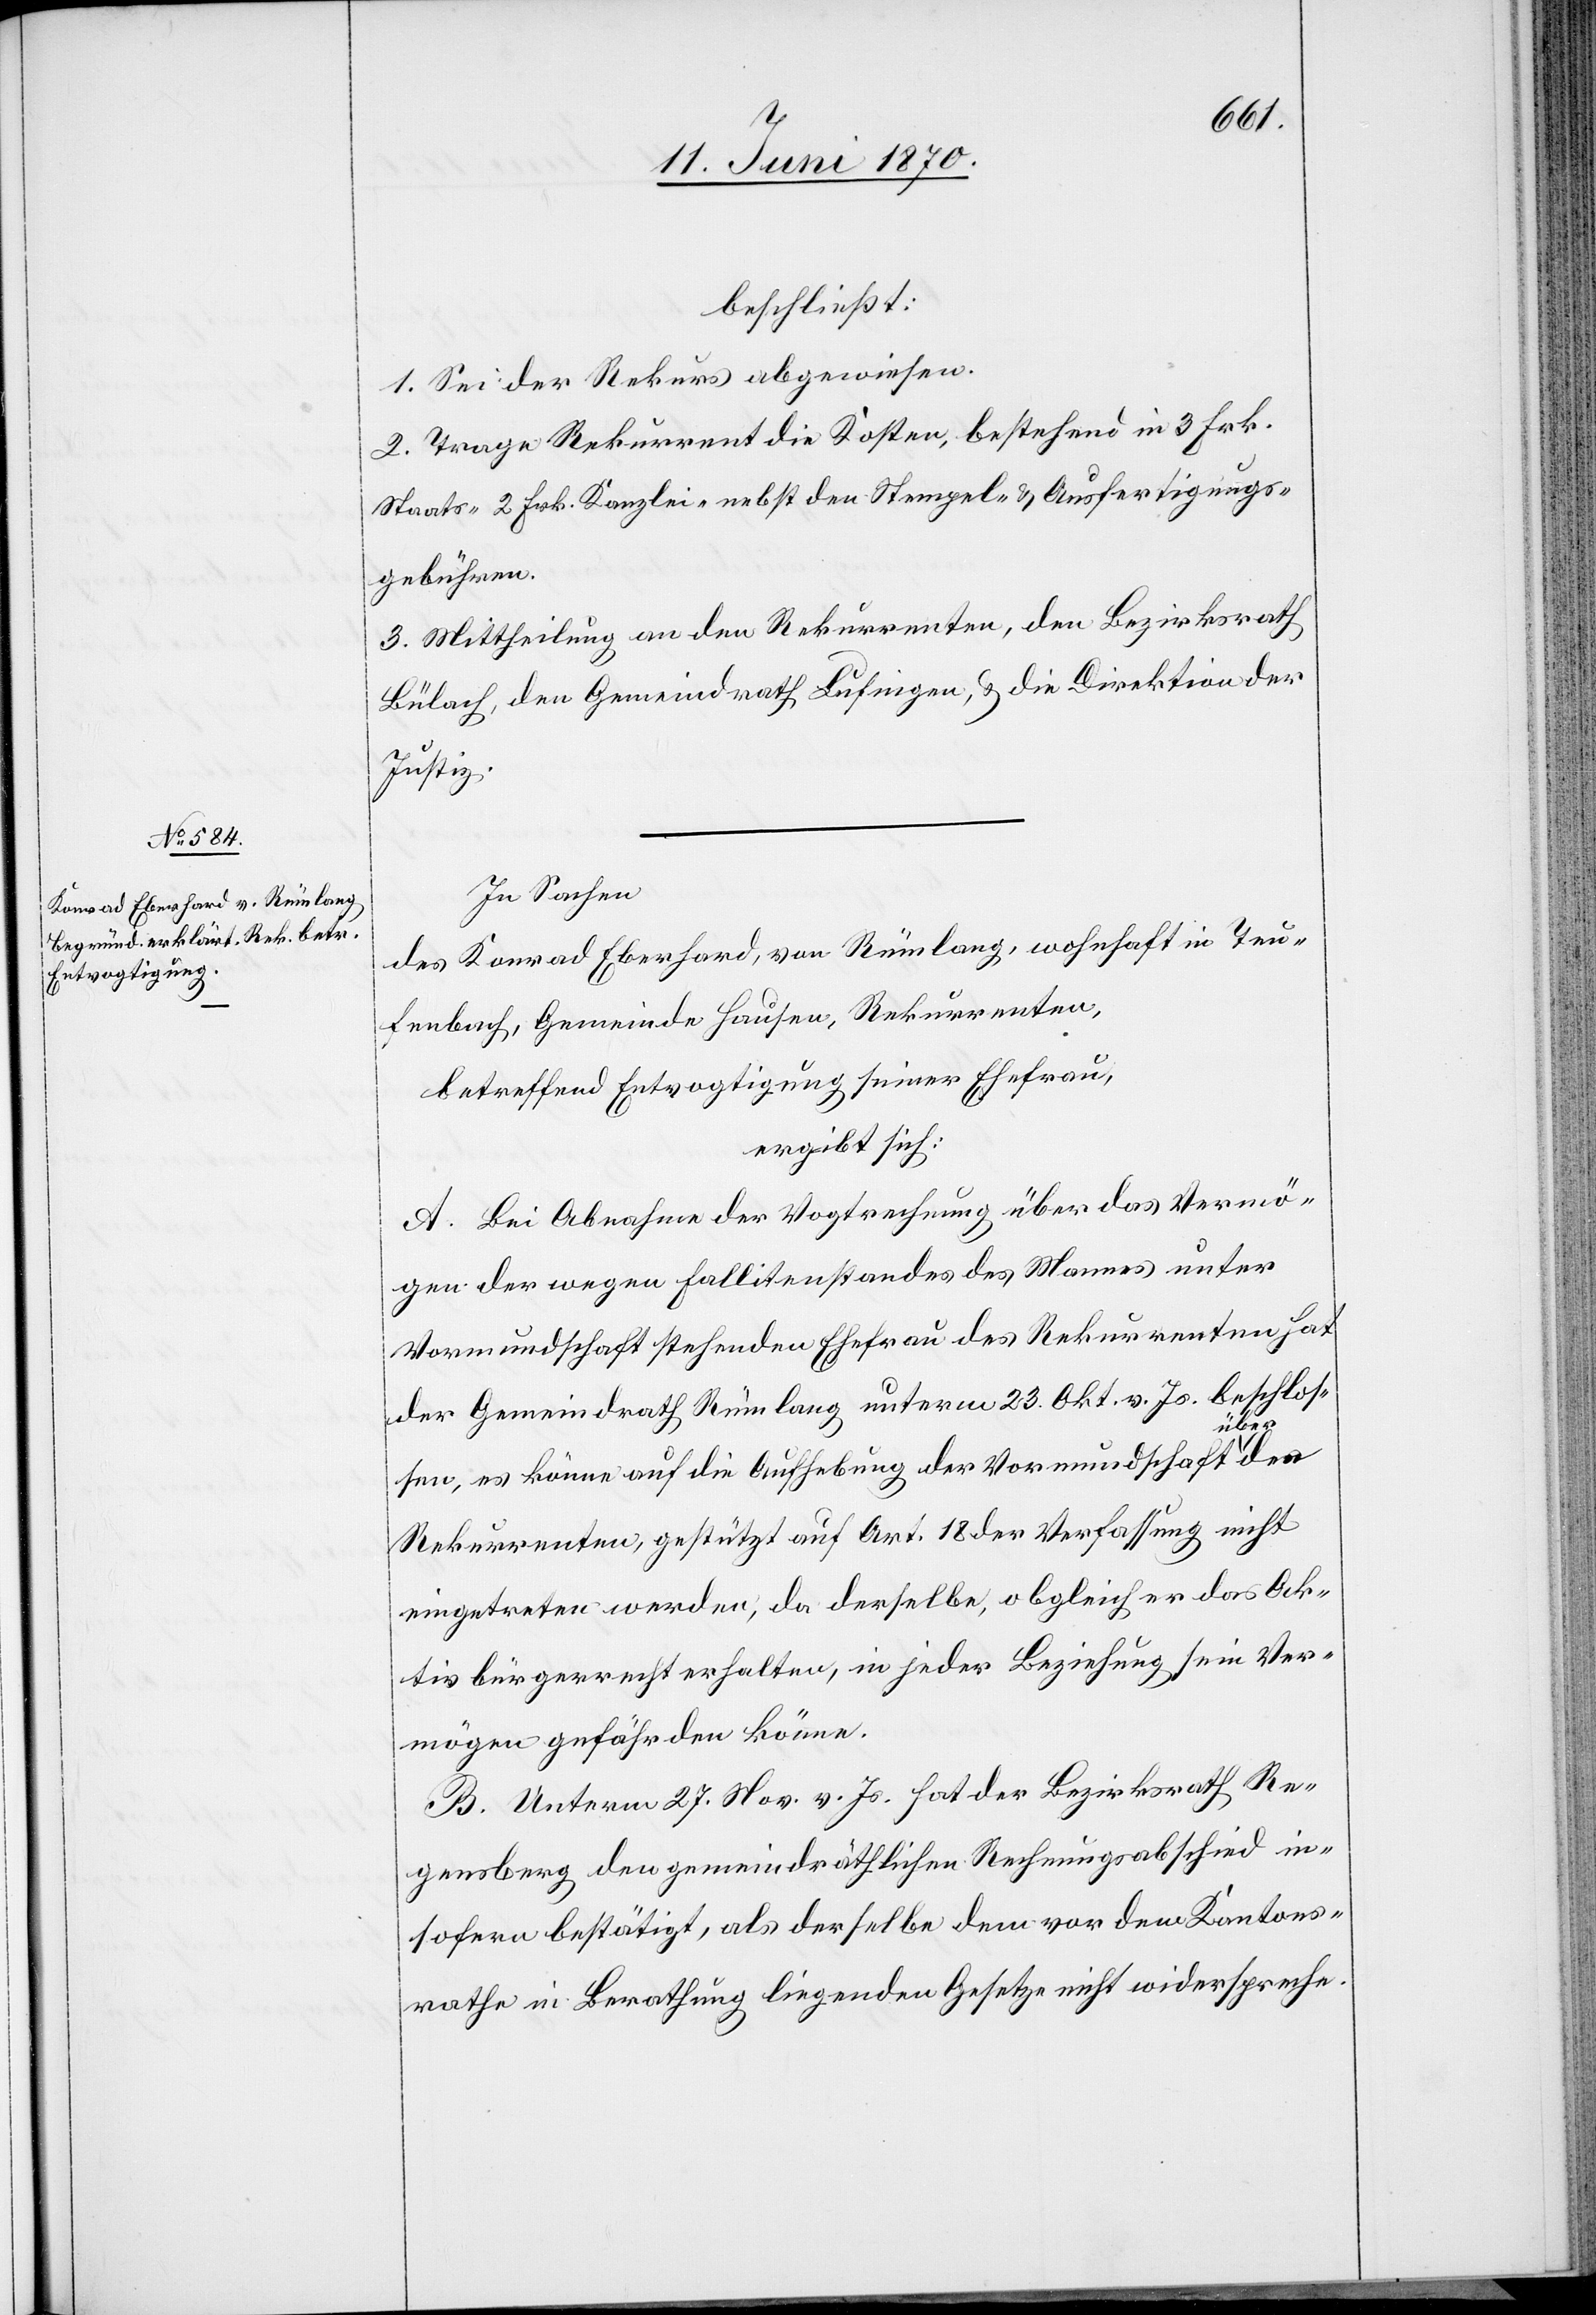
beschließt:
1. Sei der Rekurs abgewiesen.
2. Trage Rekurrent die Kosten, bestehend in 3 Frk.
Staats-[,] 2 Frk. Kanzlei- nebst den Stempel- & Ausfertigungs¬
gebühren.
3. Mittheilung an den Rekurrenten, den Bezirksrath
Bülach, den Gemeindrath Lufingen, & die Direktion der
Justiz.
In Sachen
des Konrad Eberhard, von Rümlang, wohnhaft in Teu¬
fenbach, Gemeinde Hausen, Rekurrenten,
betreffend Entvogtigung seiner Ehefrau,
ergibt sich:
A. Bei Abnahme der Vogtrechnung über das Vermö¬
gen der wegen Fallitenstandes des Mannes unter
Vormundschaft stehenden Ehefrau des Rekurrenten hat
der Gemeindrath Rümlang unterm 23. Okt. v. Js. beschlos¬
sen, es könne auf die Aufhebung der Vormundschaft über
Rekurrenten, gestützt auf Art. 18 der Verfassung nicht
eingetreten werden, da derselbe, obgleich er das Ak¬
tivbürgerrecht erhalten, in jeder Beziehung sein Ver¬
mögen gefährden könne.
B. Unterm 27. Nov. v. Js. hat der Bezirksrath Re¬
gensberg den gemeindräthlichen Rechnungsabschied in¬
sofern bestätigt, als derselbe dem vor dem Kantons¬
rathe in Berathung liegenden Gesetze nicht widerspreche.